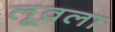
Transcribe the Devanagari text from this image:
लूव्रला